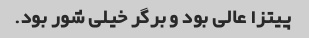
پیتزا عالی بود و برگر خیلی شور بود.